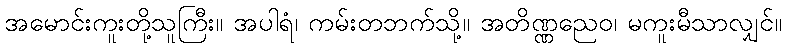
အမောင်းကူးတို့သူကြီး။ အပါရံ၊ ကမ်းတဘက်သို့။ အတိဏ္ဏညေဝ၊ မကူးမီသာလျှင်။